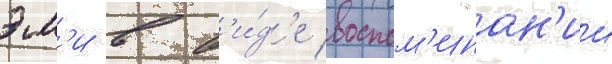
эм'и в в'и́д'е воспом'инан'ии